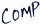
Text: COMP